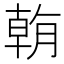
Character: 𣎍